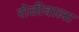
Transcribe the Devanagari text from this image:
रोठीवाला